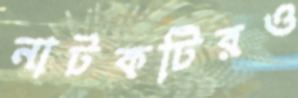
নাটকটিরও